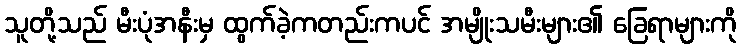
သူတို့သည် မီးပုံအနီးမှ ထွက်ခဲ့ကတည်းကပင် အမျိုးသမီးများ၏ ခြေရာများကို